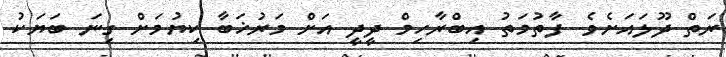
ރަތް ދޫލައަށެވެ. ފާތުމަތު އިބްރާހިމް ދީދީ އަށް މަރުޚަބާ ކިޔުމަށް ގިނަ ބަޔަކު